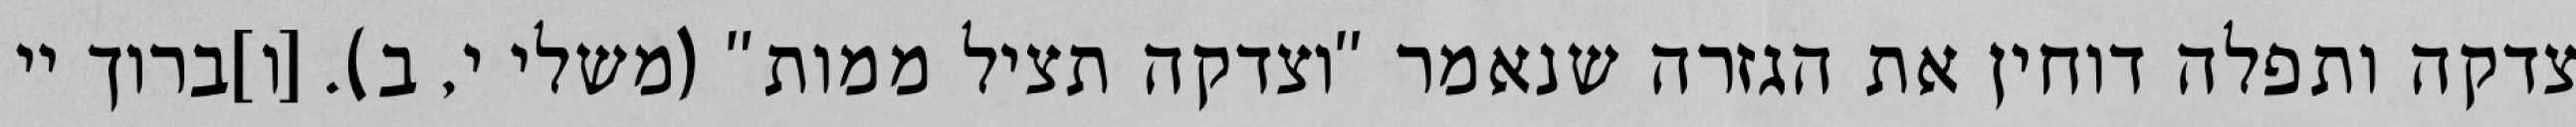
צדקה ותפלה דוחין את הגזרה שנאמר "וצדקה תציל ממות" (משלי י, ב). [ו]ברוך יי